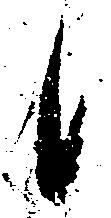
候